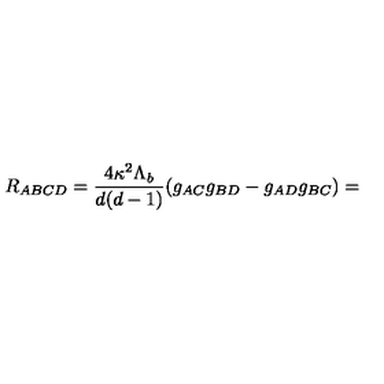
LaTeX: R _ { A B C D } = \frac { 4 \kappa ^ { 2 } \Lambda _ { b } } { d ( d - 1 ) } ( g _ { A C } g _ { B D } - g _ { A D } g _ { B C } ) =